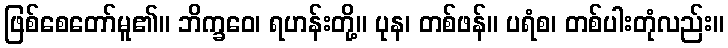
ဖြစ်စေတော်မူ၏။ ဘိက္ခဝေ၊ ရဟန်းတို့။ ပုန၊ တစ်ဖန်။ ပရံစ၊ တစ်ပါးတုံလည်း။